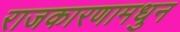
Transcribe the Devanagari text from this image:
राजकारणामधुन